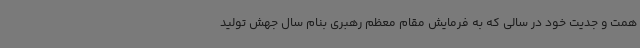
همت و جدیت خود در سالی که به فرمایش مقام معظم رهبری بنام سال جهش تولید